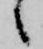
候